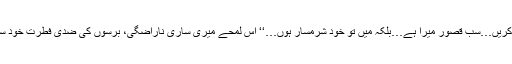
’’معافی مانگ کر مجھے شرمندہ مت کریں…سب قصور میرا ہے…بلکہ میں تو خود شرمسار ہوں…‘‘ اس لمحے میری ساری ناراضگی، برسوں کی ضدی فطرت خود سری و طنطنہ نجانے کہاں جا سویا تھا۔